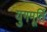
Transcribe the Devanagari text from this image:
युगमूर्ति